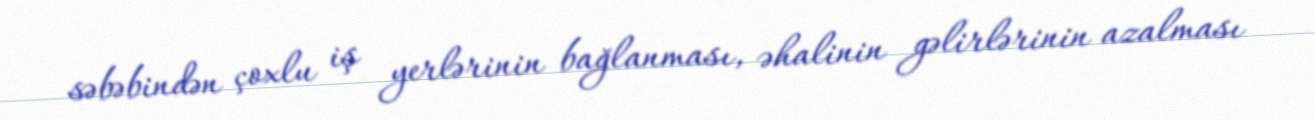
səbəbindən çoxlu iş yerlərinin bağlanması, əhalinin gəlirlərinin azalması